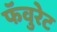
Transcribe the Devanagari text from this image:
फॅवुरेट